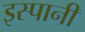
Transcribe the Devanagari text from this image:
इस्पानी